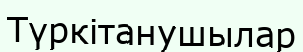
Түркітанушылар